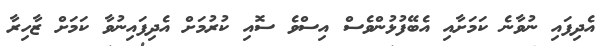
އެދިފައި ނުވާނެ ކަމަށާއި އެބޭފުޅުންވެސް އިސްވެ ސޮއި ކުރުމަށް އެދިފައިނުވާ ކަމަށް ޒާހިރާ